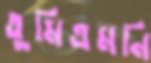
তুমিএমনি